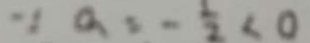
\because a = - \frac { 1 } { 2 } < 0